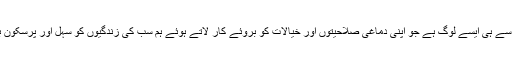
یہ ہم میں سے ہی ایسے لوگ ہے جو اپنی دماغی صلاحیتوں اور خیالات کو بروئے کار لاتے ہوئے ہم سب کی زندگیوں کو سہل اور پرسکون بناتے ہیں۔